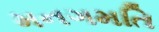
મનગમતિ